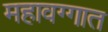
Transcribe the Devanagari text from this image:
महावग्गात